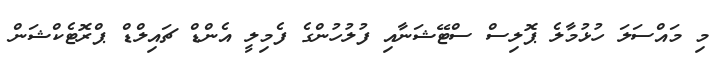
މި މައްސަލަ ހުޅުމާލެ ޕޮލިސް ސްޓޭޝަނާއި ފުލުހުންގެ ފެމިލީ އެންޑް ޗައިލްޑް ޕްރޮޓެކްޝަން